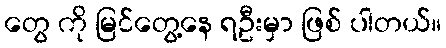
တွေ ကို မြင်တွေ့နေ ရဦးမှာ ဖြစ် ပါတယ်။